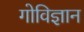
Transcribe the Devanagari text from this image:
गोविज्ञान